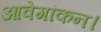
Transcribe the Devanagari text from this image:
आवेगांकन।